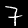
Label: 7